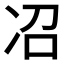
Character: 𫥈